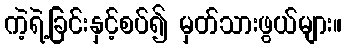
ကဲ့ရဲ့ခြင်းနှင့်စပ်၍ မှတ်သားဖွယ်များ။